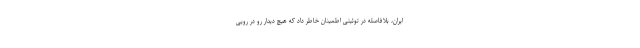
ایران، بلافاصله در توئیتی اطمینان خاطر داد که هیچ دیدار رو در رویی